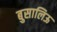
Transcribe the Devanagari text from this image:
बुसालिऊ